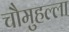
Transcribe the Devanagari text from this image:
चौमुहल्ला